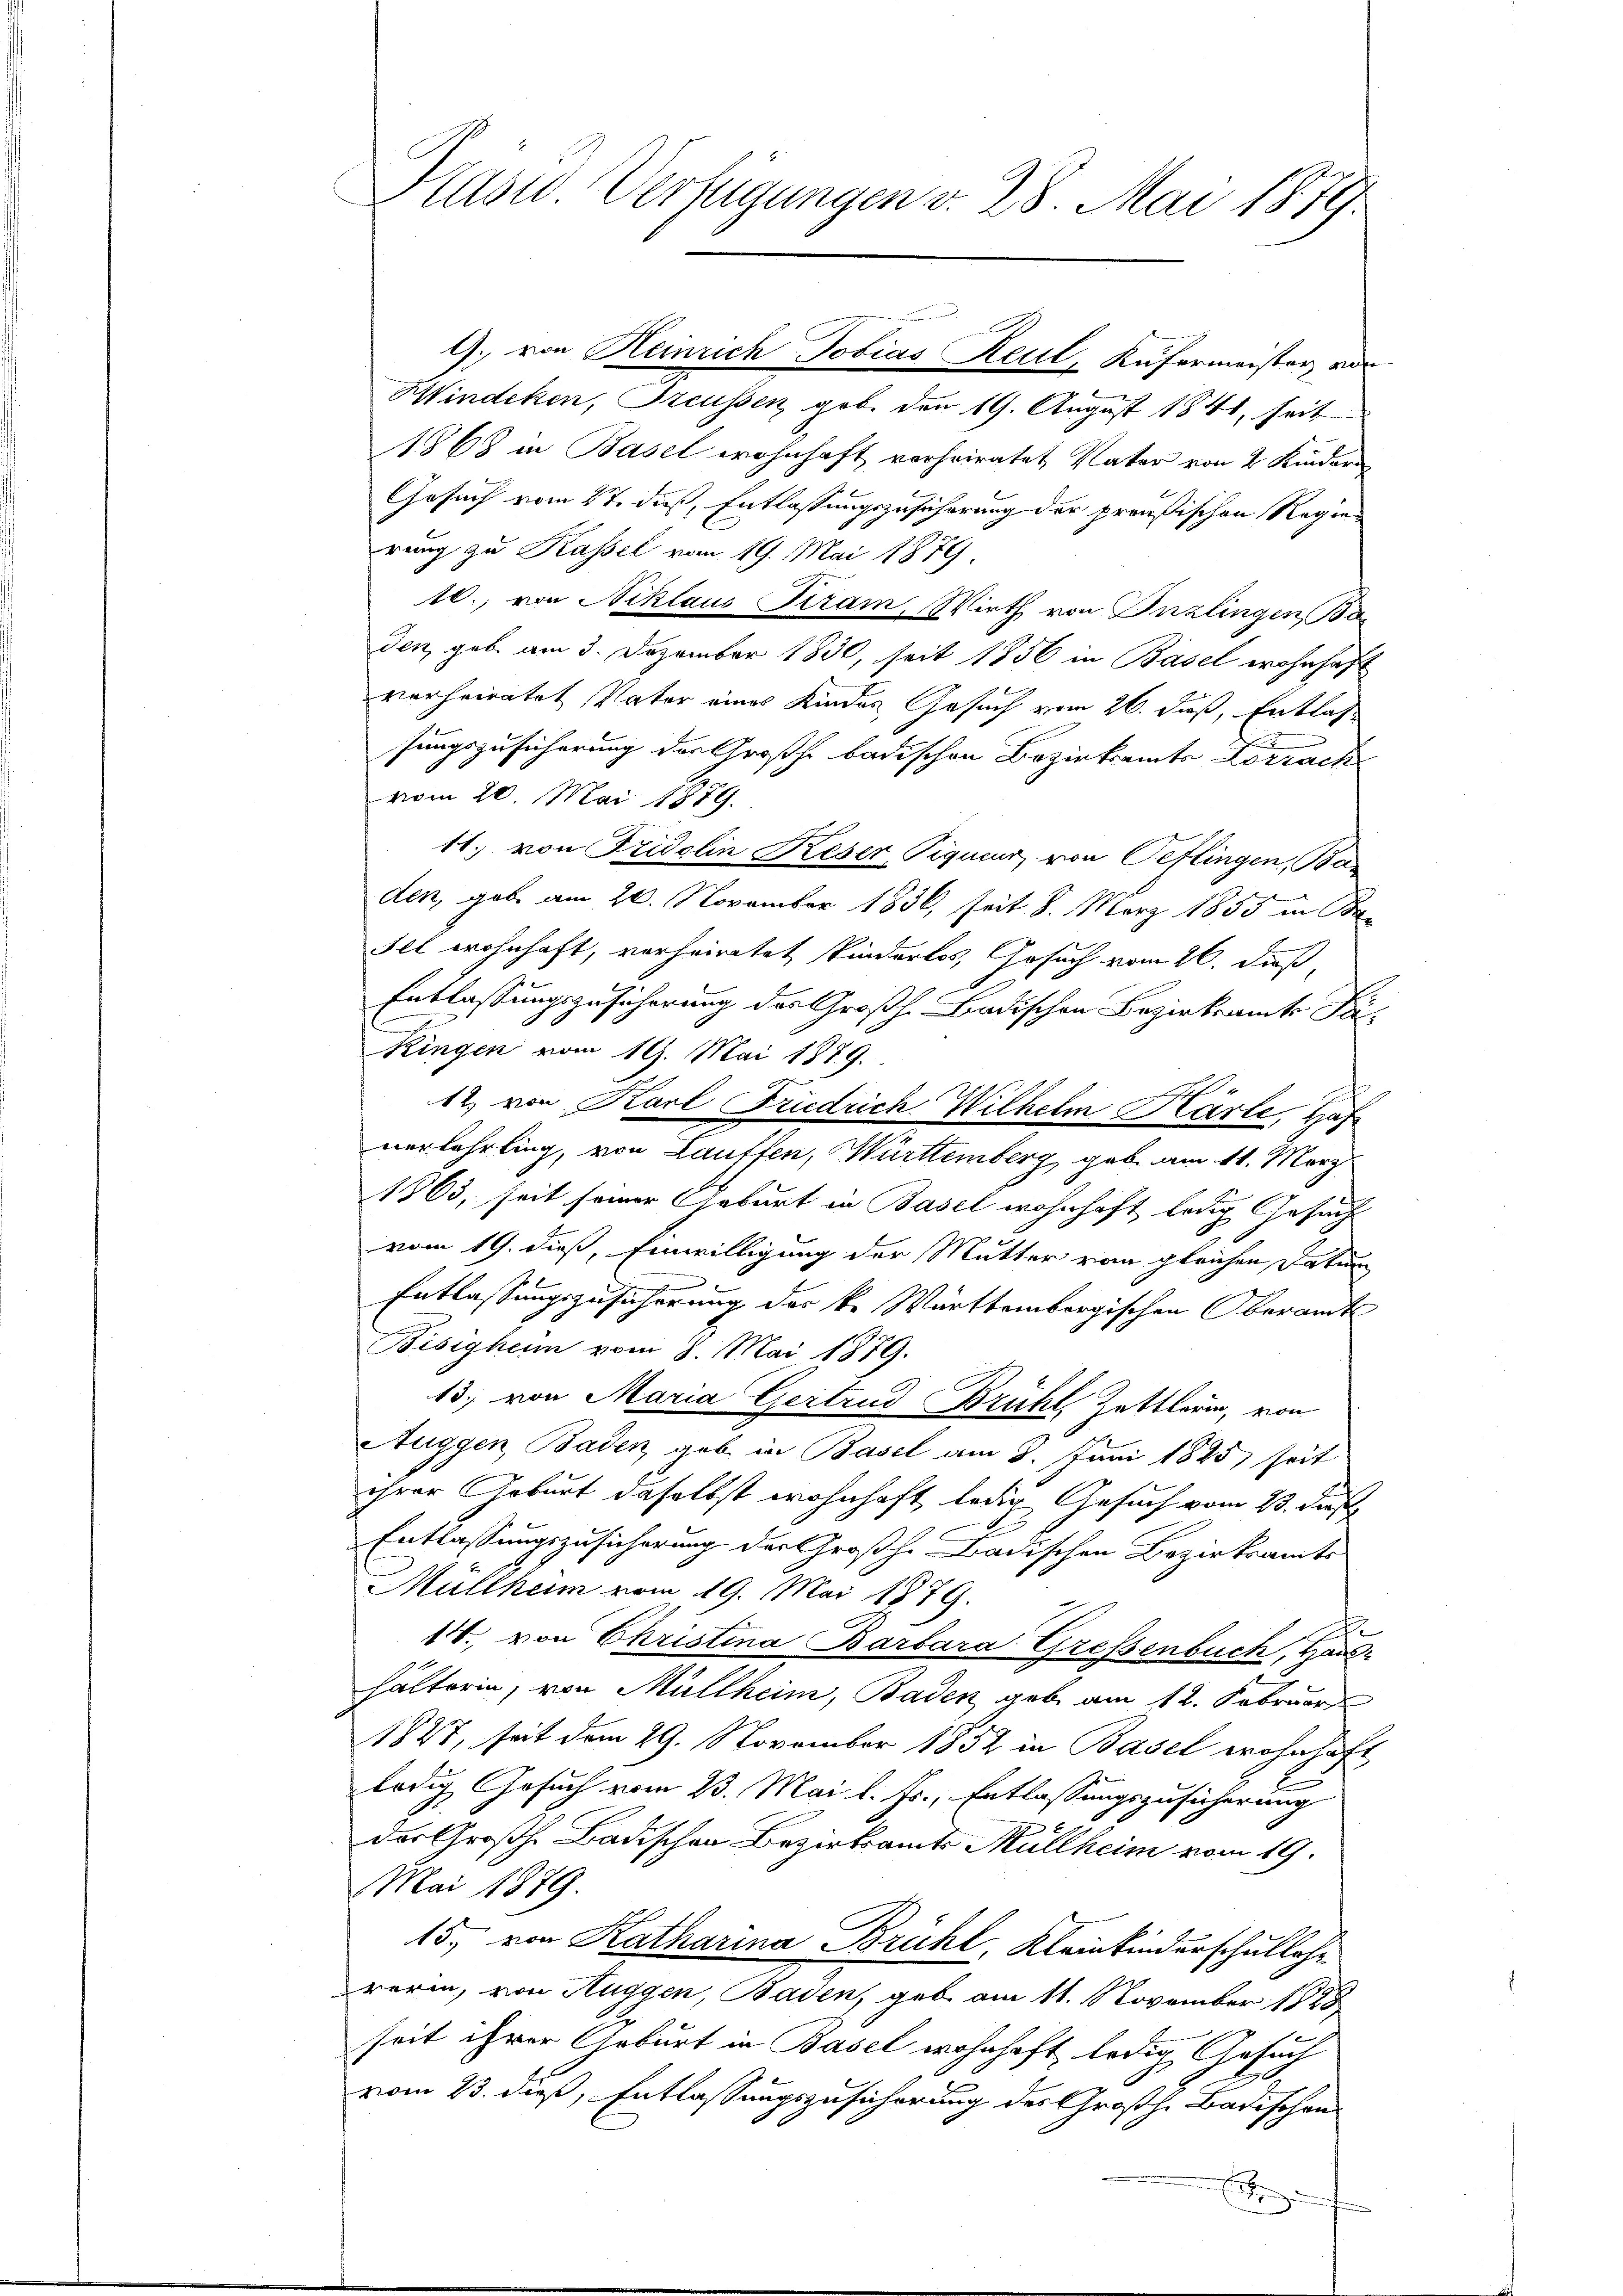
Hindeken, Steussen geb. den 19. August 1841, seit
1868 in Basel wohnhaft vorheiratet, Vater von 2 Kinder
Gesuch vom 17. daß, Entlassungszusicherung der preußischen Regie
rung zu Kassel vom 19. Mai 1879
10., von Niklaus Tram, Wirth von Inzlingen, Bas
den, geb. am 3. Dezember 1830, seit 1856 in Basel wohnhaft
verheiratet, Vater eines Kindes Gesuch vom 26. Fuß, Entlas
sungszusicherung der Großh. badischen Bezirksamts Vorrach
vom 20. Mai 1879.
11. von Fridolin Keser, Piquer von Seflingen, Ba
den, geb. am 20. November 1836, seit 8. März 1855 in Be¬
Fel wohnhaft, verheiratet, kinderlos, Gesuch vom 26. daß
Entlassungszusicherung des Großh. Badischen Bezirksamte Si¬
Ringen vom 19. Mai 1889.
12. von Karl Friedrich Wilhelm Kärte Haf
verlehrling, von Lauffen, Württemberg geb. am 11. März
1863, seit seiner Geburt in Basel wohnhaft ledig Gesuch
vom 19. dieß, Einwilligung der Mutter von gleichen Datum
e
Entlassungszusicherung des k. Württembergischen Oberamt
Bisigheim vom 8. Mai 1879.
13. von Maria Gertrud Brühl, Zattlerin, von
Auggen Baden, gab in Basel am 3. Juni 1825 seit
ihrer Arbeit daselbst wohnhaft, ledig Gesuch vom 23. dies
Entlassungszusicherung der Großh. Badischen Bezirksamts¬
Müllheim vom 19. Mai 1879.
.
14., von Christina Barbara Greßenbuch, Haushälterin, von Müllheim, Baden gebe am 12. Februar
1827, seit dem 29. November 1852 in Basel wohnhaft
ledig Gesuch vom 23. Mai l. Js., Entlassungszusicherung
das Großh. Badischen Bezirksamts Müllheim vom 19.
Mai 1879.
15. von Katharina Brühl, Kleinkinderschullehr
rerin, von Auggen, Baden, geb. am 11. November 1888
seit ihrer Geburt in Basel wohnhaft ledig Gesuch
vom 23. dieß, Entlassungszusicherung des Großh. Badischens
E

Präsid. Verfügungen v. 28. Mai 1879.

G. von Heinrich Tobias Reul, Küfermeister, vor